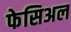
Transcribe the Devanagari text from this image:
फेसिअल